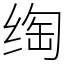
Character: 绹